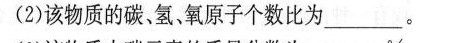
(2)该物质的碳、氢、氧原子个数比为_____。